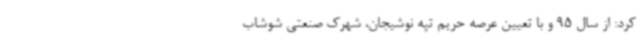
کرد: از سال 95 و با تعیین عرصه حریم تپه نوشیجان، شهرک صنعتی شوشاب